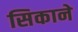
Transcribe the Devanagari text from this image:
सिकाने